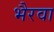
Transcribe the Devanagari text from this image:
भैरवा